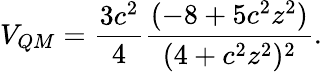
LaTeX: V_{QM}=\frac{3c^{2}}{4}\frac{(-8+5c^{2}z^{2})}{(4+c^{2}z^{2})^{2}}.